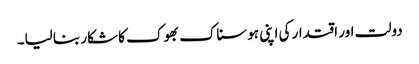
دولت اور اقتدار کی اپنی ہوسناک بھوک کا شکار بنا لیا۔